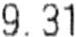
9.31